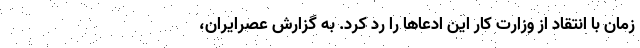
زمان با انتقاد از وزارت کار این ادعاها را رد کرد. به گزارش عصرایران،